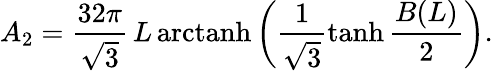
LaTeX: A_{2}=\frac{32\pi}{\sqrt{3}}\, L\, \mathrm{arctanh}\left(\frac{1}{\sqrt{3}}\operatorname{tanh}\frac{B(L)}{2}\right).